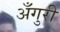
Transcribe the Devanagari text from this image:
अँगुरी